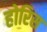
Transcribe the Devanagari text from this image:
होरिस